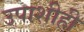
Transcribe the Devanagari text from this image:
उपाशीही